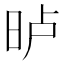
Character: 𣆐